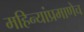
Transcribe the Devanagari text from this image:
महिन्यांप्रमाणेच